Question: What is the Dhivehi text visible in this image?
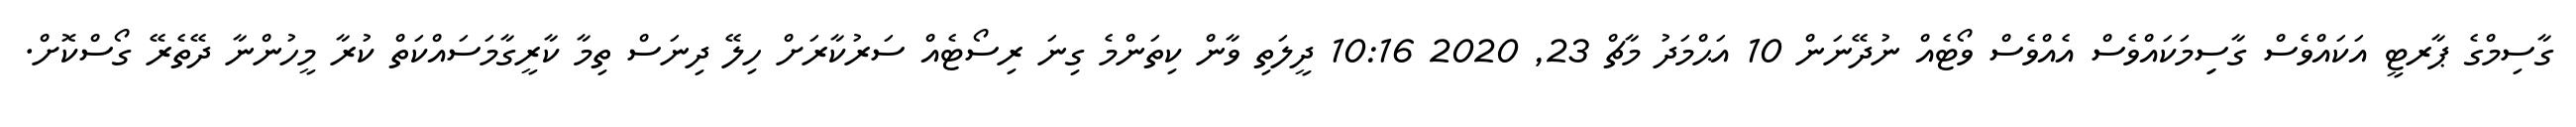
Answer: ގާސިމްގެ ޕާރޓީ އަކައްވެސް ގާސިިމަކައްވެސް އެއްވެސް ވޯޓެއް ނުދޭނަން 10 އަޙްމަދު މާޗް 23, 2020 10:16 ދީލަތި ވާން ކިތަންމެ ގިނަ ރިސޯޓެއް ސަރުކާރަށް ހިލޭ ދިނަސް ތިމާ ކާރީގާމަސައްކަތް ކުރާ މީހުންނާ ދޭތެރޭ ގޯސްކޮށް.